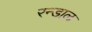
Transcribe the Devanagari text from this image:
रन्डाल